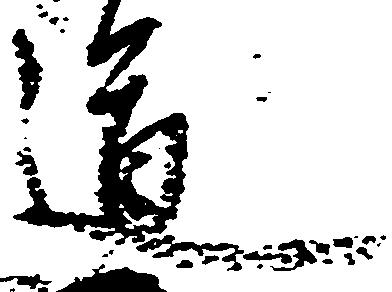
道